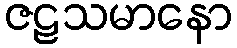
ဇဠသမာနော